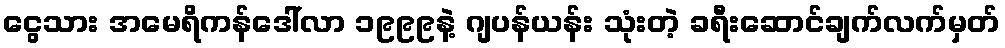
ငွေသား အမေရိကန်ဒေါ်လာ ၁၉၉၉နဲ့ ဂျပန်ယန်း သုံးတဲ့ ခရီးဆောင်ချက်လက်မှတ်